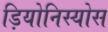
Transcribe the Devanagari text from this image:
ड़ियोनिस्योस